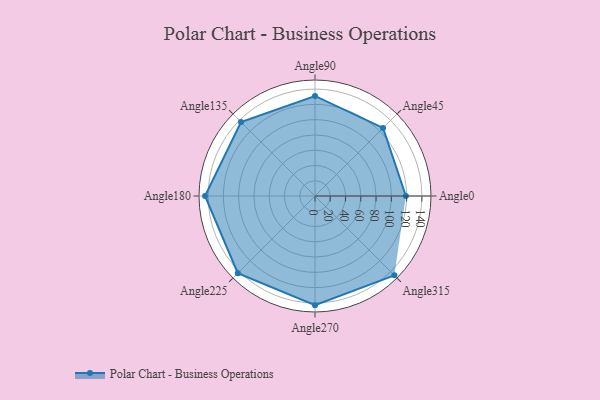
{"axis": {"x": "Angle", "y": "Radius"}, "legend": [""], "data": [{"x": "Angle0", "y": 119.0, "type": ""}, {"x": "Angle45", "y": 126.0, "type": ""}, {"x": "Angle90", "y": 131.0, "type": ""}, {"x": "Angle135", "y": 137.0, "type": ""}, {"x": "Angle180", "y": 144.0, "type": ""}, {"x": "Angle225", "y": 143.0, "type": ""}, {"x": "Angle270", "y": 143.0, "type": ""}, {"x": "Angle315", "y": 147.0, "type": ""}]}